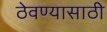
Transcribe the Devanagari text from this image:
ठेवण्‍यासाठी